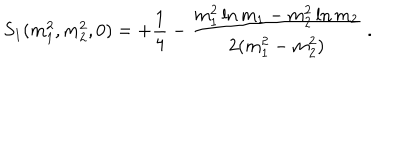
LaTeX: S _ { 1 } ( m _ { 1 } ^ { 2 } , m _ { 2 } ^ { 2 } , 0 ) = + \frac { 1 } { 4 } - \frac { m _ { 1 } ^ { 2 } \ln { m _ { 1 } } - m _ { 2 } ^ { 2 } \ln { m _ { 2 } } } { 2 ( m _ { 1 } ^ { 2 } - m _ { 2 } ^ { 2 } ) } \ .